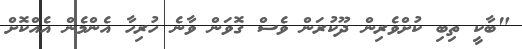
"ބާކީ ތިބި ކުށްވެރިން ދޫކުރަން ވެސް ގޮވަން ވާނެ ހުރިހާ އެންމެން އެއްކޮށް